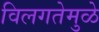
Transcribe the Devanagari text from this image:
विलगतेमुळे